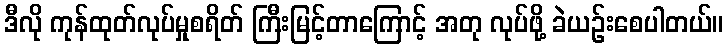
ဒီလို ကုန်ထုတ်လုပ်မှုစရိတ် ကြီးမြင့်တာကြောင့် အတု လုပ်ဖို့ ခဲယဉ်းစေပါတယ်။